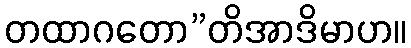
တထာဂတော”တိအာဒိမာဟ။